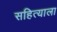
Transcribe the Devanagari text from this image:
सहित्याला